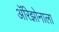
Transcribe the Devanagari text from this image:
अॅरिझोनाला